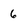
Character: 6